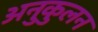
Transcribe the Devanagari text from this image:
अनुकुलन